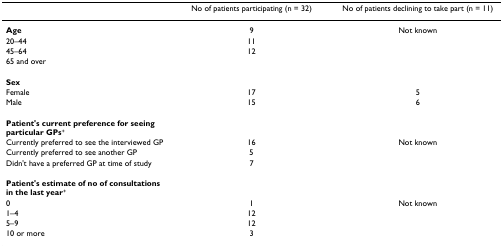
<table><thead><tr><td></td><td><b>No of patients participating (n = 32)</b></td><td><b>No of patients declining to take part (n = 11)</b></td></tr></thead><tbody><tr><td><b>Age</b></td><td>9</td><td>Not known</td></tr><tr><td>20–44</td><td>11</td><td></td></tr><tr><td>45–64</td><td>12</td><td></td></tr><tr><td>65 and over</td><td></td><td></td></tr><tr><td><b>Sex</b></td><td></td><td></td></tr><tr><td>Female</td><td>17</td><td>5</td></tr><tr><td>Male</td><td>15</td><td>6</td></tr><tr><td><b>Patient&#x27;s current preference for seeing particular GPs</b><sup>+</sup></td><td></td><td></td></tr><tr><td>Currently preferred to see the interviewed GP</td><td>16</td><td>Not known</td></tr><tr><td>Currently preferred to see another GP</td><td>5</td><td></td></tr><tr><td>Didn&#x27;t have a preferred GP at time of study</td><td>7</td><td></td></tr><tr><td><b>Patient&#x27;s estimate of no of consultations in the last year</b><sup>+</sup></td><td></td><td></td></tr><tr><td>0</td><td>1</td><td>Not known</td></tr><tr><td>1–4</td><td>12</td><td></td></tr><tr><td>5–9</td><td>12</td><td></td></tr><tr><td>10 or more</td><td>3</td><td></td></tr></tbody></table>